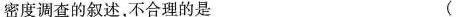
密度调查的叙述，不合理的是 （